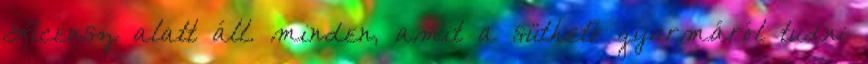
Licensz alatt áll. minden, amit a süthető gyurmáról tudni